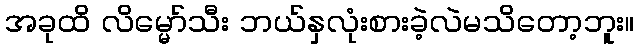
အခုထိ လိမ္မော်သီး ဘယ်နှလုံးစားခဲ့လဲမသိတော့ဘူး။